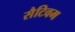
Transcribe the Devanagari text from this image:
सैटिवम